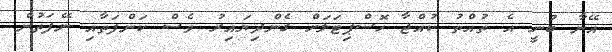
އޭނާ ބުނީ އެ ތުއްތު ކުއްޖާ ހޮސްޕިޓަލަށް ގެންދިޔައިރު ވެސް ކަންފަތާއި ނޭފަތުން